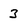
Character: 3